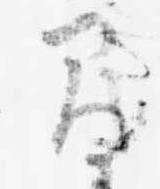
間